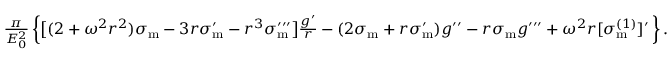
\begin{array} { r } { \frac { \pi } { E _ { 0 } ^ { 2 } } \left\{ \big [ ( 2 + \omega ^ { 2 } r ^ { 2 } ) \sigma _ { \mathrm { m } } - 3 r \sigma _ { \mathrm { m } } ^ { \prime } - r ^ { 3 } \sigma _ { \mathrm { m } } ^ { \prime \prime \prime } \big ] \frac { g ^ { \prime } } { r } - ( 2 \sigma _ { \mathrm { m } } + r \sigma _ { \mathrm { m } } ^ { \prime } ) g ^ { \prime \prime } - r \sigma _ { \mathrm { m } } g ^ { \prime \prime \prime } + \omega ^ { 2 } r [ \sigma _ { \mathrm { m } } ^ { ( 1 ) } ] ^ { \prime } \, \right\} . } \end{array}